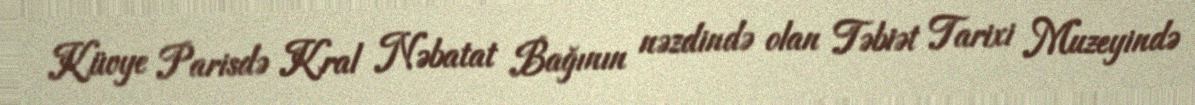
Küvye Parisdə Kral Nəbatat Bağının nəzdində olan Təbiət Tarixi Muzeyində